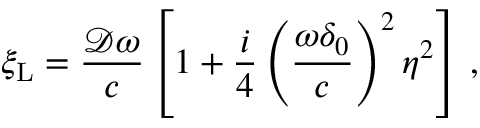
\xi _ { \mathrm { L } } = \frac { \mathcal { D } \omega } { c } \left[ 1 + \frac { i } { 4 } \left( \frac { \omega \delta _ { 0 } } { c } \right) ^ { 2 } \eta ^ { 2 } \right] \, ,